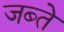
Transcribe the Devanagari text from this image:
जब्ते